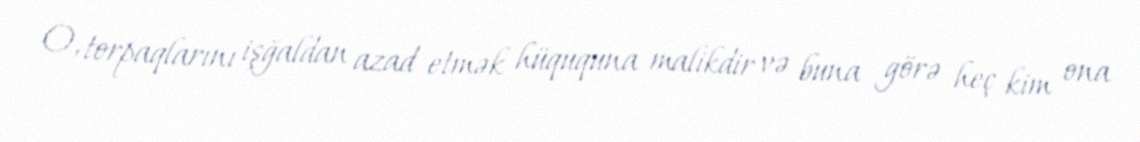
O, torpaqlarını işğaldan azad etmək hüququna malikdir və buna görə heç kim ona